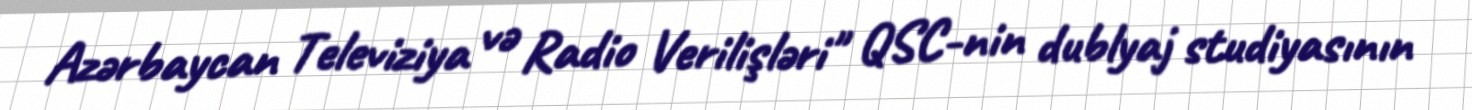
Azərbaycan Televiziya və Radio Verilişləri" QSC-nin dublyaj studiyasının